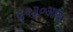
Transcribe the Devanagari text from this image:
६२३०आय